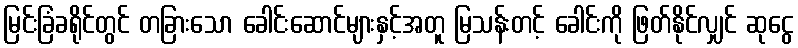
မြင်းခြံခရိုင်တွင် တခြားသော ခေါင်းဆောင်များနှင့်အတူ မြသန်းတင့် ခေါင်းကို ဖြတ်နိုင်လျှင် ဆုငွေ